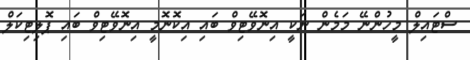
ސްޓައިލް މީހުންނޭ މަމެން ނަކީ އިނޮވޭޓިވް ބައި އިކޮނޮމީ އިނޮވޭޓިވް ބައި ޕޮލިޓިކަލް